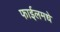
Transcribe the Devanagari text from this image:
फाईलमधे